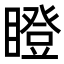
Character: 瞪